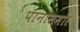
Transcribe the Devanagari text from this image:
पानांसमोर